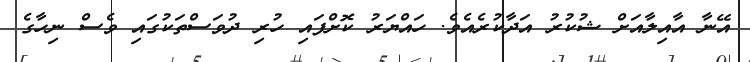
އޭނާ އާއިލާއަށް ޝުކުރު އަދާކުރެއެވެ. ހައްޔަރު ކޮށްފައި ހުރި ދުވަސްތަކުގައި ވެސް ނިހާގެ